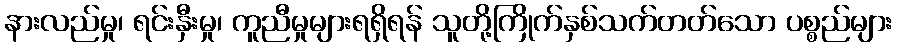
နားလည်မှု၊ ရင်းနှီးမှု၊ ကူညီမှုများရရှိရန် သူတို့ကြိုက်နှစ်သက်တတ်သော ပစ္စည်များ